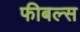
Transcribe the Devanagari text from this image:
फीबल्स